system: You are a helpful assistant.
user:
Analyze the provided spectrum to determine if it is a **"Cataclysmic Variables (CV)"**.

- **Key Indicators for CV (Check for either state):**
    - **State 1: Quiescent / Low-State (Emission-Dominated)**
        - **(Primary):** Strong and *very broad* Hydrogen Balmer emission lines (e.g., $H\alpha$ at 6563 Å, $H\beta$ at 4861 Å). The 'broadness' (high velocity dispersion, often FWHM > 1000 km/s) is the key diagnostic, indicating a high-velocity accretion disk.
        - **(Secondary):** Broad neutral Helium (He I) emission lines (e.g., 5876 Å, 6678 Å).
        - **(Key Confirmation):** Presence of high-excitation *ionized* Helium (He II) emission at 4686 Å. This is a strong indicator of accretion onto a white dwarf.
        - **(Line Profile):** Emission lines may exhibit a 'double-peaked' profile, which is a classic signature of a rotating accretion disk viewed at high inclination.

    - **State 2: Outburst / High-State (Absorption-Dominated)**
        - **(Primary):** Spectrum is dominated by a bright, blue continuum (looks like a hot star).
        - **(Secondary):** The emission lines from State 1 are weak, absent, or 'filled in', and are replaced by broad, shallow *absorption* lines (primarily Balmer and He I).
        - **(Morphology):** The overall spectrum mimics a hot B/A-type star. The crucial difference is that the absorption lines are significantly broader, shallower, and more 'washed-out' (or 'smeared') than the sharp lines of a normal stellar photosphere, due to high rotational speeds and pressure broadening in the disk.

Think first, call **spectral_visualization_tool** if needed to examine features in detail, then provide your final answer. Your response must adhere to the following strict rules:
1.  **Overall Structure:** Your response must follow the format `<think>...</think> <tool_call>...</tool_call> (if a tool is used) <answer>...</answer>`.
2.  **Tool Usage Constraint:** You may only make **one** tool call per turn.
3.  **Final Answer Format:** In the `<answer>` tag, your conclusion must be inside a `\boxed{}` command (e.g., `\boxed{YES}`), followed by your justification.

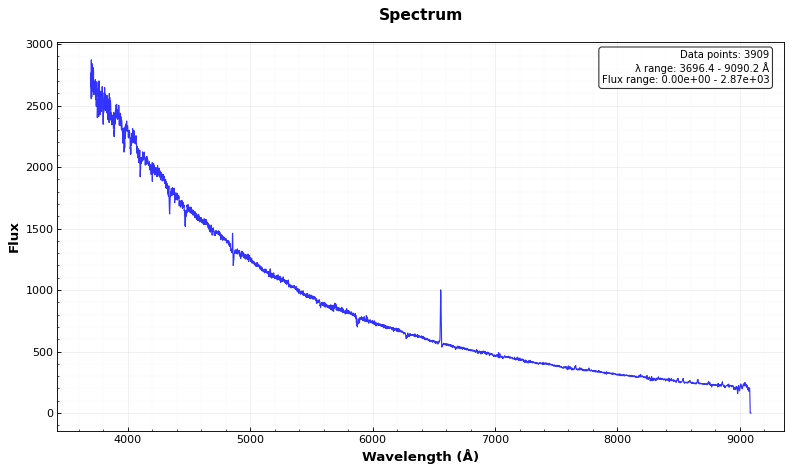
Answer: YES